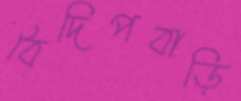
বৈদিপবাড়ি